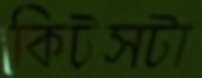
কিটসটা